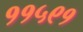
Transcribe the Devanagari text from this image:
११५९१